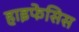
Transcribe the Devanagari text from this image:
हाइफेसिस